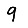
Digit: 9